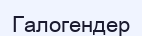
Галогендер